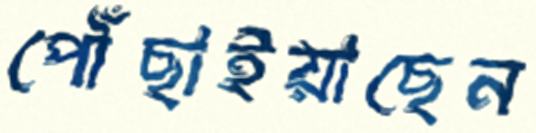
পৌঁছাইয়াছেন